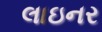
લાઇનર